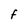
Character: F